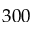
3 0 0